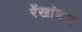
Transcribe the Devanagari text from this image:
रेंखांकन